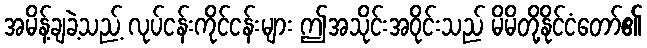
အမိန့်ချခဲ့သည့် လုပ်ငန်းကိုင်ငန်းများ ဤအသိုင်းအဝိုင်းသည် မိမိတို့နိုင်ငံတော်၏